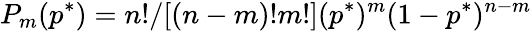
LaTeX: P_{m}(p^{*})=n!/[(n-m)!m!](p^{*})^{m}(1-p^{*})^{n-m}